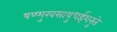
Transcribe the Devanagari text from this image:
षण्मुखसायुधईशनुते